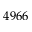
4 9 6 6